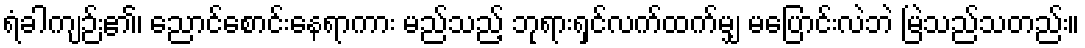
ရံခါကျဉ်း၏၊ ညောင်စောင်းနေရာကား မည်သည့် ဘုရားရှင်လက်ထက်မျှ မပြောင်းလဲဘဲ မြဲသည်သတည်း။